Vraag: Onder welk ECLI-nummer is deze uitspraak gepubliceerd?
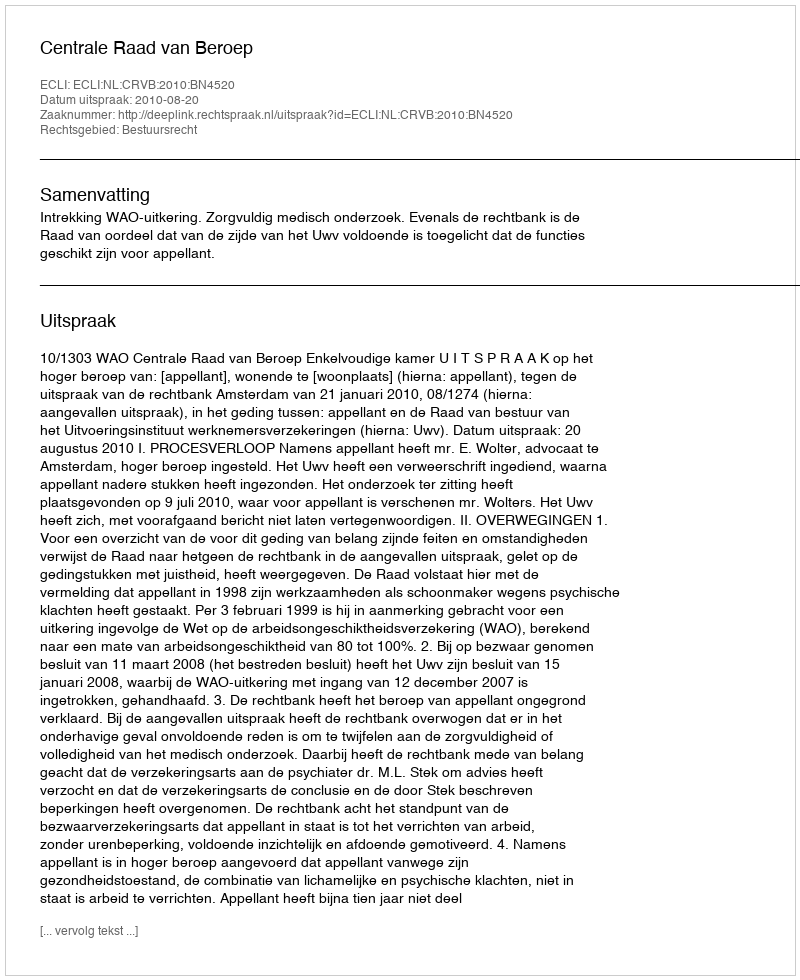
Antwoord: ECLI:NL:CRVB:2010:BN4520